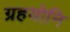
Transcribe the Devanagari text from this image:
ग्रहयोनि